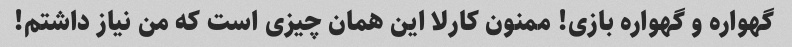
گهواره و گهواره بازی! ممنون کارلا این همان چیزی است که من نیاز داشتم!